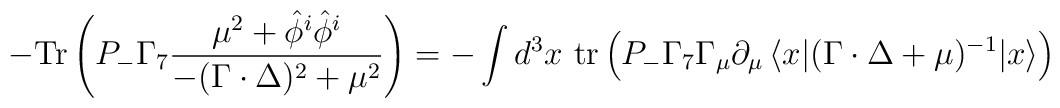
-{\rm Tr}\left(P_-\Gamma_7\frac{\mu^2+\hat{\phi}^i\hat{\phi}^i}{-(\Gamma\cdot\Delta)^2+\mu^2}\right)=-\int d^3x\ {\rm tr}\left( P_-\Gamma_7\Gamma_\mu{\partial}_\mu\,\langle x|(\Gamma\cdot\Delta +\mu)^{-1}| x\rangle\right)